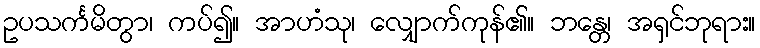
ဥပသင်္ကမိတွာ၊ ကပ်၍။ အာဟံသု၊ လျှောက်ကုန်၏။ ဘန္တေ၊ အရှင်ဘုရား။